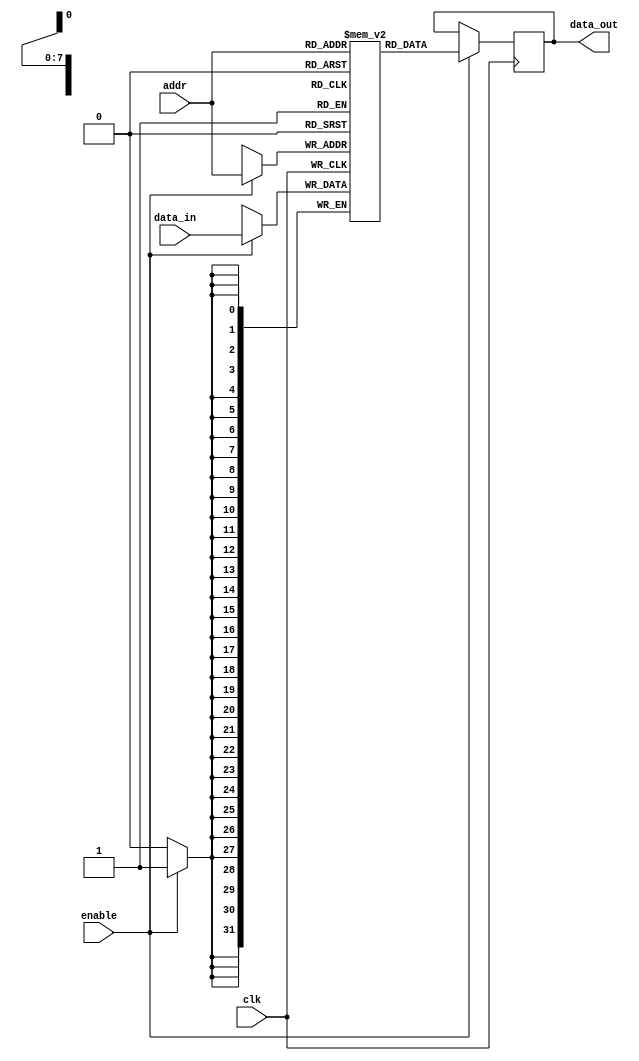
module memory_block (
    input wire clk,              // Input clock signal
    input wire enable,           // Enable signal for the memory block
    input wire [7:0] addr,       // Address input
    input wire [31:0] data_in,   // Data input
    output reg [31:0] data_out    // Data output
);
    reg [31:0] memory [0:255];   // 256 x 32-bit SRAM memory

    always @(posedge clk) begin
        if (enable) begin
            memory[addr] <= data_in; // Write operation
            data_out <= memory[addr]; // Read operation
        end
    end
endmodule